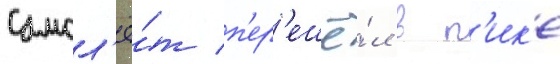
Самол'ё́т п'ер'ешё́л в п'ик'е